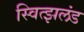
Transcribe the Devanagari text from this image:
स्वित्झलंड